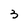
Character: 3